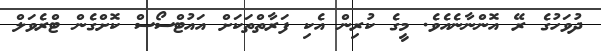
ދުވަހުގެ ރޭ އޮންނާނެއެވެ. މީގެ ކުރިން އެކި ފަރާތްތަކަށް އައުޓްސޯސް ކޮށްގެން ޓްރެވަލް